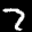
Label: 7